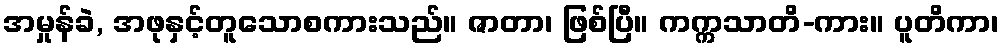
အမှုန်ခဲ, အဖုနှင့်တူသောစကားသည်။ ဇာတာ၊ ဖြစ်ပြီ။ ကက္ကသာတိ-ကား။ ပူတိကာ၊